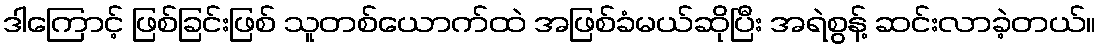
ဒါကြောင့် ဖြစ်ခြင်းဖြစ် သူတစ်ယောက်ထဲ အဖြစ်ခံမယ်ဆိုပြီး အရဲစွန့် ဆင်းလာခဲ့တယ်။